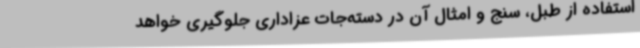
استفاده از طبل، سنج و امثال آن در دسته‌جات عزاداری جلوگیری خواهد